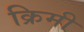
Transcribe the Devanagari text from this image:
क्रिमी